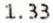
1.33